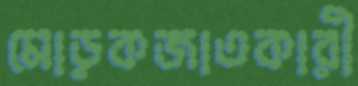
মোড়কজাতকারী